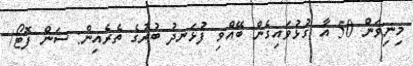
މިނިވަން 50 އާ ގުޅުވައިގެން ބޭއްވި ފުޅަނދު ބުރުގެ ތެރެއިން: ސަން ފޮޓޯ/